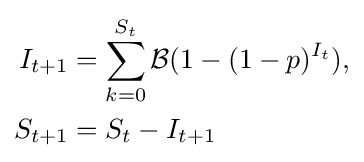
{\begin{aligned}I_{t+1}&=\sum _{k=0}^{S_{t}}{\mathcal {B}}(1-(1-p)^{I_{t}}),\\S_{t+1}&=S_{t}-I_{t+1}\end{aligned}}